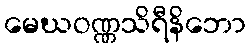
မေဃဝဏ္ဏသိရီနိဘော